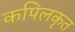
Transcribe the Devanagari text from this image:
कपिलकृत